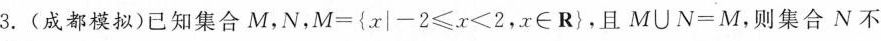
3.(成都模拟)已知集合M，N，$$M = \left{x|-2 ≤ x ≤ 2，x ∈ R\right}$$，且$$M ∪ N = M$$，则集合N不